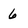
Character: 6